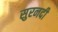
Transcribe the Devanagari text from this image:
सुरनदी